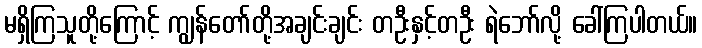
မရှိကြသူတို့ကြောင့် ကျွန်တော်တို့အချင်းချင်း တဦးနှင့်တဦး ရဲဘော်လို့ ခေါ်ကြပါတယ်။